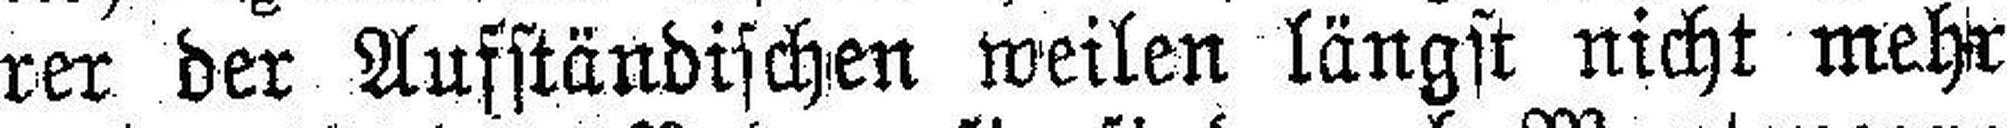
rer der Aufständischen weilen längst nicht mehr